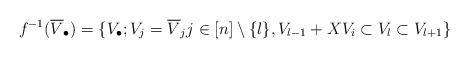
LaTeX: \begin{align*}f^{-1}(\overline{V}_\bullet)=\{V_\bullet; V_j=\overline{V}_jj\in[n]\setminus\{l\}, V_{l-1}+XV_i\subset V_l\subset V_{l+1}\}\end{align*}